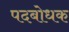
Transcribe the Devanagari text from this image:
पदबोधक